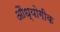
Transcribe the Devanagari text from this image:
औध्योगीक